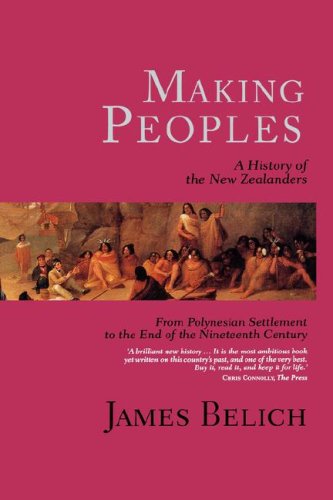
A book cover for Making Peoples: A History of the New Zealanders, from Polynesian Settlement to the End of the Nineteenth Century; James Belich; History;